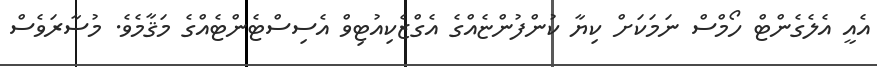
އެއީ އެލެގެންޓް ހޯމްސް ނަމަކަށް ކިޔާ ކުންފުންޏެއްގެ އެގްޒެކިއުޓިވް އެސިސްޓެންޓެއްގެ މަޤާމެވެ. މުސާރަވެސް